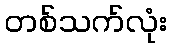
တစ်သက်လုံး